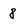
Character: 8